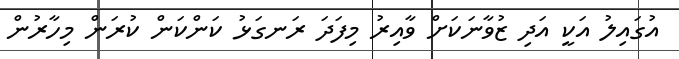
އުގައިލު އަކީ އަދި ޒުވާނަކަށް ވާއިރު މިފަދަ ރަނގަޅު ކަންކަން ކުރަން މިހާރުން